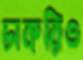
চাকরিও